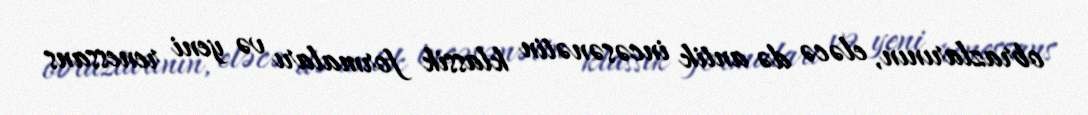
obrazlarının, eləcə də antik incəsənətin klassik formaları və yeni renessans